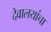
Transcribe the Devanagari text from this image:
देवालयांचा